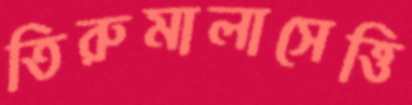
তিরুমালাসেত্তি